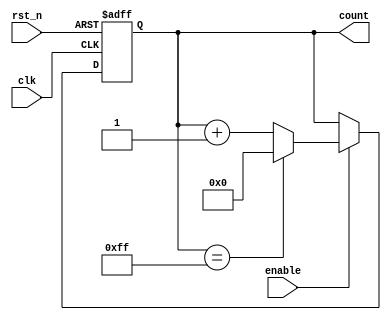
module incremental_counter #(
    parameter WIDTH = 8 // Parameter for counter width (default is 8 bits)
)(
    input wire clk,        // Clock input
    input wire rst_n,     // Asynchronous active-low reset
    input wire enable,     // Enable signal to allow counting
    output reg [WIDTH-1:0] count // Output count value
);

    // Asynchronous reset and counting logic
    always @(posedge clk or negedge rst_n) begin
        if (!rst_n) begin
            count <= 0; // Reset the counter to 0
        end else if (enable) begin
            if (count == {WIDTH{1'b1}}) begin // Check for overflow
                count <= 0; // Wrap around to 0 on overflow
            end else begin
                count <= count + 1; // Increment the count
            end
        end
    end

endmodule